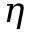
\eta